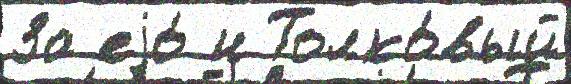
За еjо́ и Толко́вый